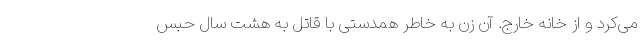
می‌کرد و از خانه خارج. آن زن به خاطر همدستی با قاتل به هشت سال حبس